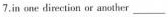
7. in ome direction or another ___